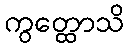
ကွတ္ထောသိ